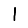
Digit: 1